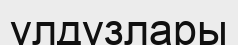
улдузлары